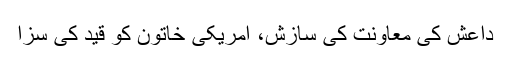
داعش کی معاونت کی سازش، امریکی خاتون کو قید کی سزا